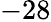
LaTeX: -28